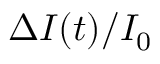
\Delta I ( t ) / I _ { 0 }